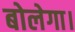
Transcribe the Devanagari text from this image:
बोलेगा।